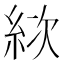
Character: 絘